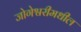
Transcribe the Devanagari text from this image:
जोगेश्वरीमधील